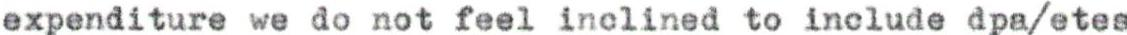
expenditure we do not feel inclined to include dpa/etes